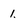
Character: 1